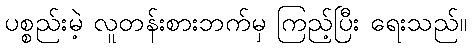
ပစ္စည်းမဲ့ လူတန်းစားဘက်မှ ကြည့်ပြီး ရေးသည်။